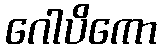
ဂေါပိကော